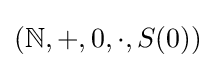
(\mathbb {N} ,+,0,\cdot ,S(0))